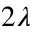
2 \lambda